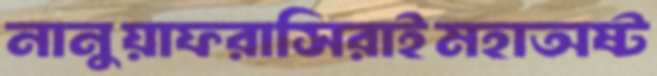
নানুয়াফরাসিরাইমহাঅষ্ট